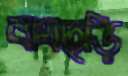
বাঘছড়ি